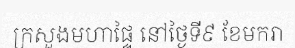
ក្រសួងមហាផ្ទៃ នៅថ្ងៃទី៩ ខែមករា